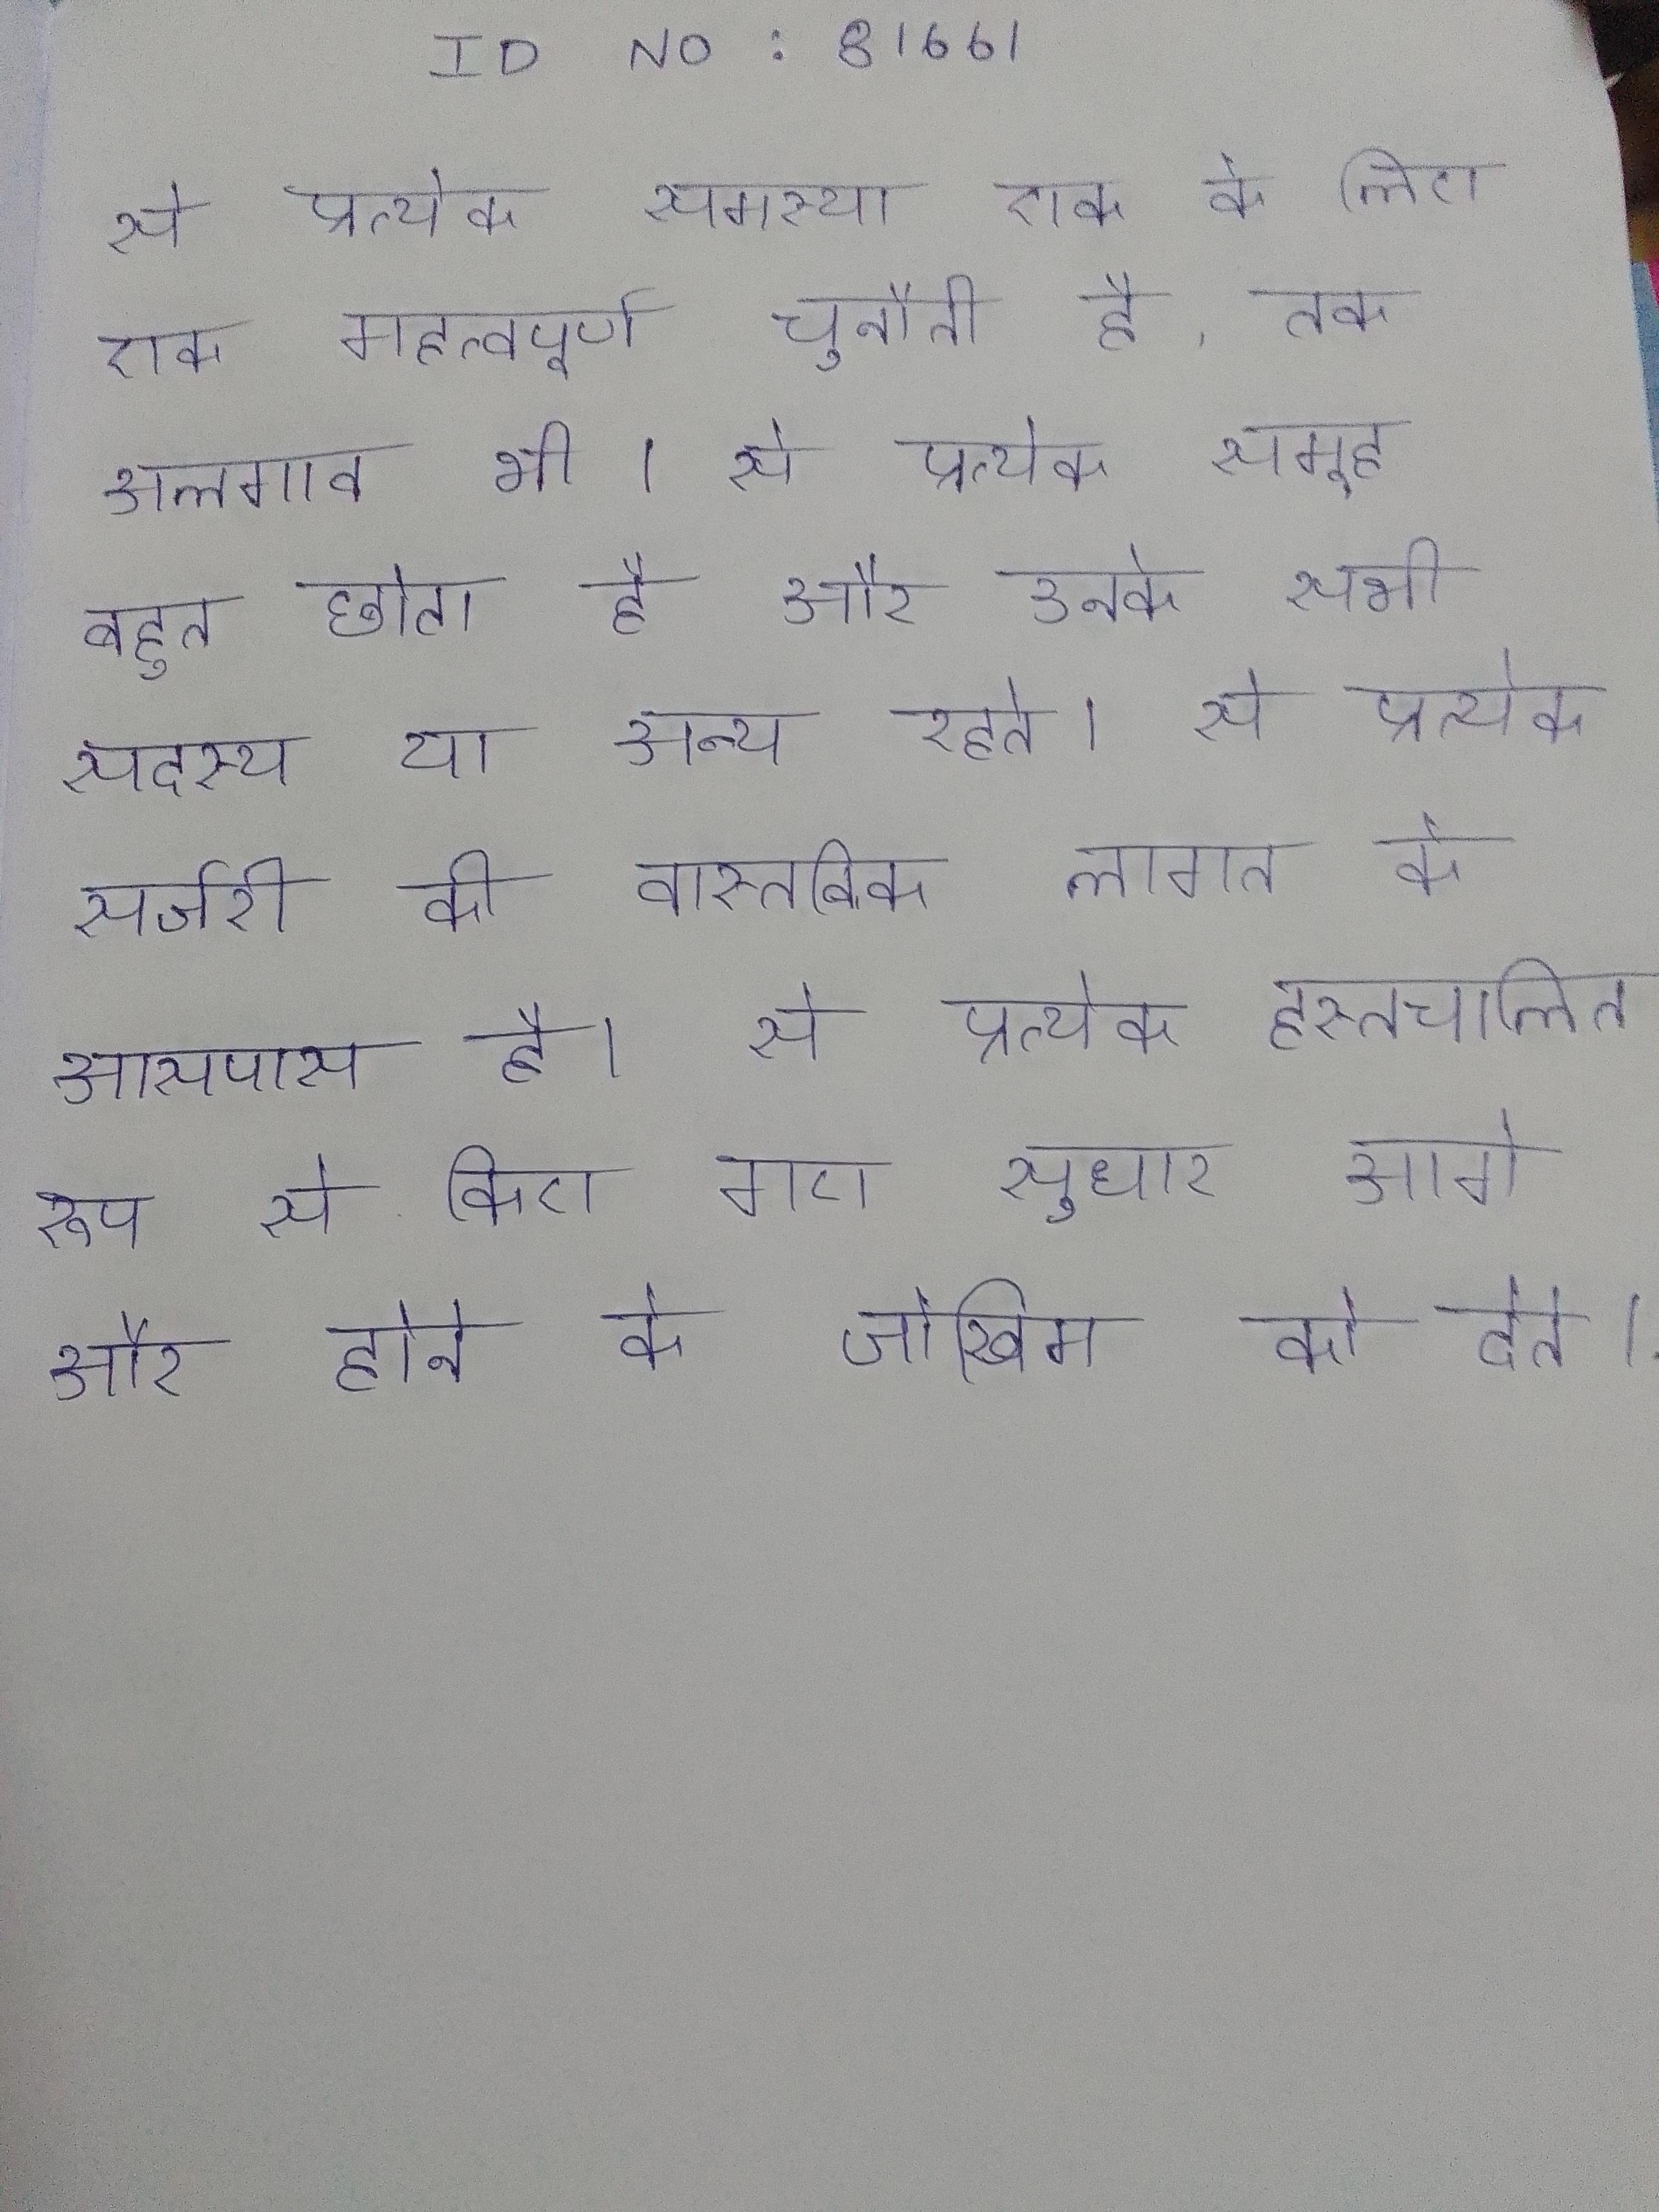
से प्रत्येक समस्या एक के लिए एक महत्वपूर्ण चुनौती है, तक अलगाव भी । से प्रत्येक समूह बहुत छोटा है और उनके सभी सदस्य या अन्य रहते । से प्रत्येक सर्जरी की वास्तविक लागत के आसपास है । से प्रत्येक हस्तचालित रूप से किए गए सुधार आगे और होने के जोखिम को देते ।